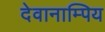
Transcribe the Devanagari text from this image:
देवानाम्पिय